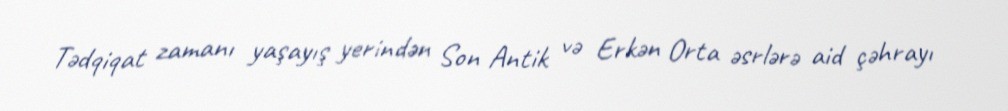
Tədqiqat zamanı yaşayış yerindən Son Antik və Erkən Orta əsrlərə aid çəhrayı